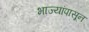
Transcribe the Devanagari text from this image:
भाज्यांपासून